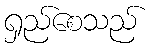
ရှည်စေသည်